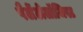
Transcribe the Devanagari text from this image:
पैलेंटोलॉजिस्ट